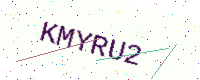
Text: KMYRU2